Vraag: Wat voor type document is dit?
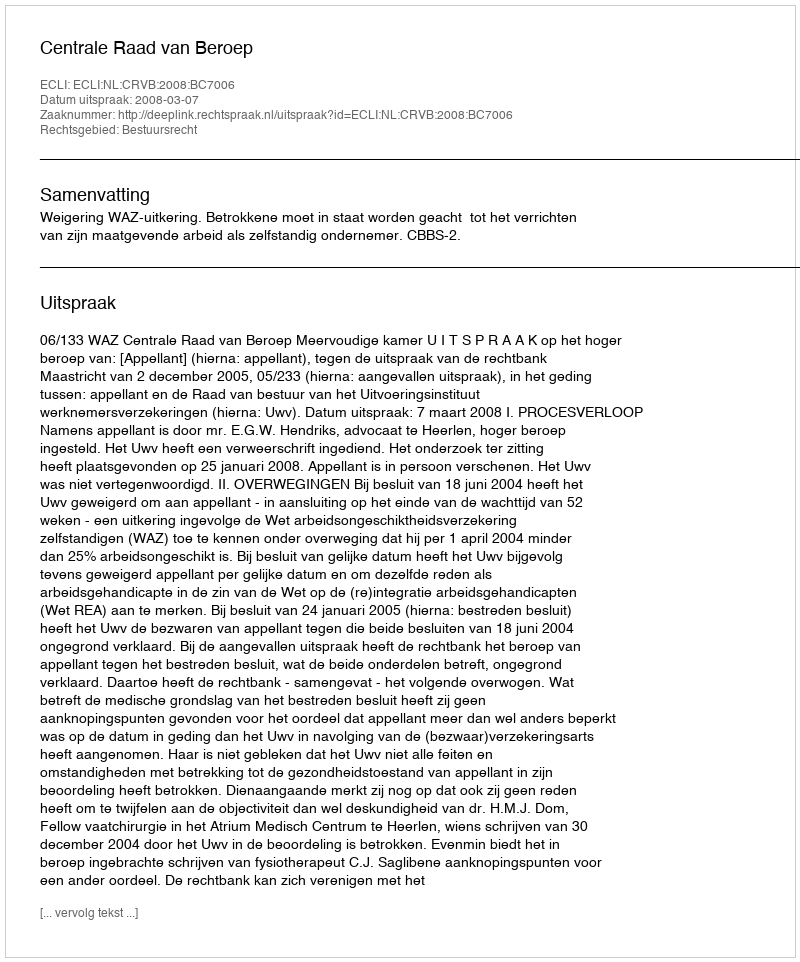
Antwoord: Uitspraak